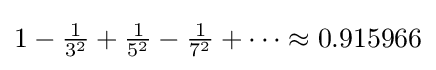
{\textstyle 1-{\frac {1}{3^{2}}}+{\frac {1}{5^{2}}}-{\frac {1}{7^{2}}}+\cdots \approx 0.915966}